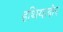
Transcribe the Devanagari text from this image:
हथियाबोर